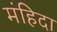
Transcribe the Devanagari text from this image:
मंहिदा